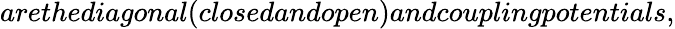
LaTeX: arethediagonal(closedandopen)andcouplingpotentials,